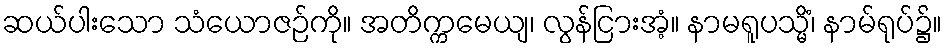
ဆယ်ပါးသော သံယောဇဉ်ကို။ အတိက္ကမေယျ၊ လွန်ငြားအံ့။ နာမရူပသ္မိံ၊ နာမ်ရုပ်၌။